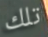
تلك